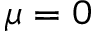
\mu = 0